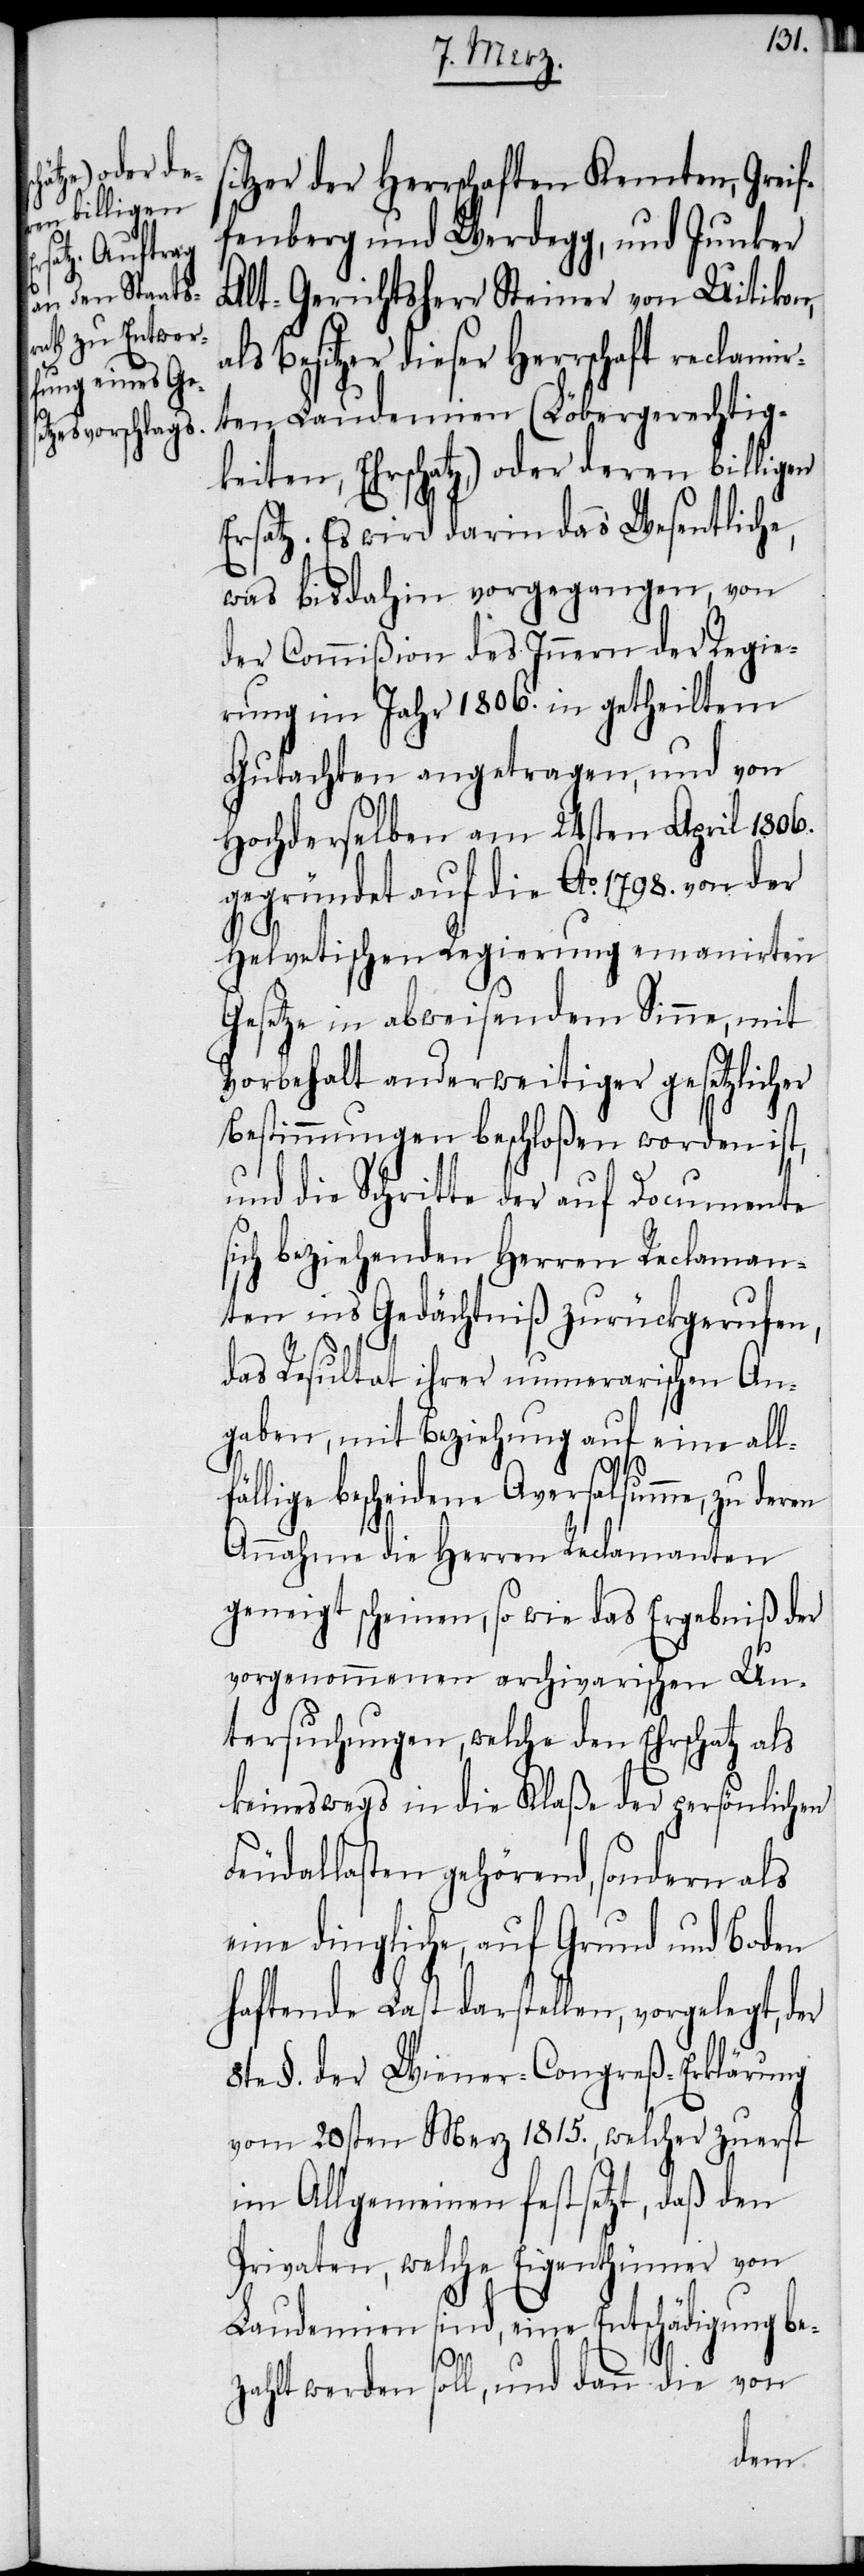
itzer der Herrschaften Kemten, Greif¬
fenberg und Werdegg, und Junker
Alt-Gerichtsherr Steiner von Uitikon,
als Besitzer dieser Herrschaft reclamir¬
ten Laudemien (Löbergerechtig¬
keiten, Ehrschatz,) oder deren billiger
Ersatz. Es wird darin das Wesentliche,
was bis dahin vorgegangen, von
der Commißion des Innern der Regie¬
rung im Jahr 1806. in getheiltem
Gutachten angetragen, und von
Hochderselben am 24sten April 1806.
gegründet auf die Ao. 1798. von der
f¬
Helvetischen Regierung emanirten
Gesetze in abweisendem Sinne, mit
Vorbehalt anderweitiger gesetzlicher
Bestimmungen beschloßen worden ist,
und die Schritte der auf Documente
sich beziehenden Herren Reclaman¬
ten ins Gedächtniß zurückgerufen,
das Resultat ihrer numerarischen An¬
gaben, mit Beziehung auf eine all¬
ällige bescheidene Aversalsumme, zu deren
Annahme die Herren Reclamanten
geneigt scheinen, so wie das Ergebniß der
vorgenommenen archivarischen Un¬
tersuchungen, welche den Ehrschatz als
keineswegs in die Klaße der persönlichen
Feudallasten gehörend, sondern als
eine dingliche, auf Grund und Boden
haftende Last darstellen, vorgelegt, der
8te §. der Wiener-Congreß-Erklärung
vom 20sten Merz 1815., welcher zuerst
im Allgemeinen festsetzt, daß den
Privaten, welche Eigenthümer von
Laudemien sind, eine Entschädigung be¬
zahlt werden soll, und dann die von